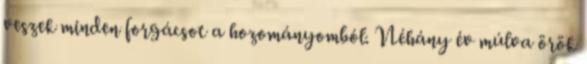
veszek minden forgácsot a hozományomból. Néhány év múlva örök